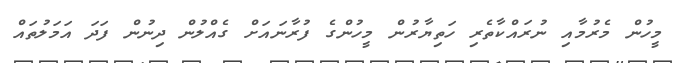
މީހުން މެރުމާއި ނުރައްކާތެރި ހަތިޔާރުން މީހުންގެ ފުރާނައަށް ގެއްލުން ދިނުން ފަދަ އަމަލުތައް